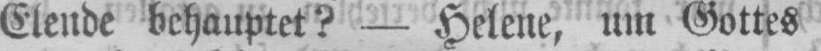
Elende behauptet? - Helene, um Gottes